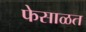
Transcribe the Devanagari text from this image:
फेसाळत